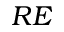
R E